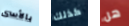
بالأسى كذلك هل